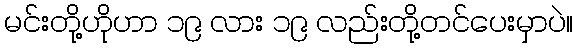
မင်းတို့ဟိုဟာ ၁၉ လား ၁၉ လည်းတို့တင်ပေးမှာပဲ။